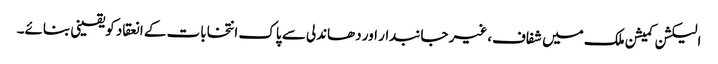
الیکشن کمیشن ملک میں شفاف،غیر جانبدار اور دھاندلی سے پاک انتخابات کے انعقاد کویقینی بنائے۔